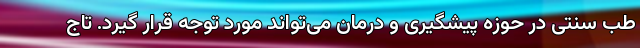
طب سنتی در حوزه پیشگیری و درمان می‌تواند مورد توجه قرار گیرد. تاج